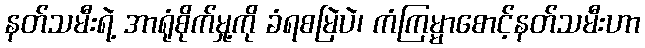
နတ်သမီးရဲ့ အာရုံစိုက်မှု့ကို ခံရစမြဲပဲ၊ ကံကြမ္မာစောင့်နတ်သမီးဟာ